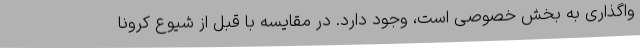
واگذاری به بخش خصوصی است، وجود دارد. در مقایسه با قبل از شیوع کرونا